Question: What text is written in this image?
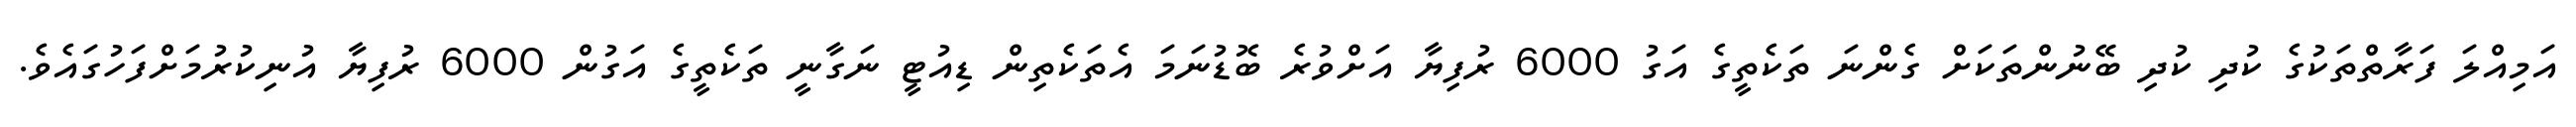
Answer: އަމިއްލަ ފަރާތްތަކުގެ ކުދި ކުދި ބޭނުންތަކަށް ގެންނަ ތަކެތީގެ އަގު 6000 ރުފިޔާ އަށްވުރެ ބޮޑުނަމަ އެތަކެތިން ޑިއުޓީ ނަގާނީ ތަކެތީގެ އަގުން 6000 ރުފިޔާ އުނިކުރުމަށްފަހުގައެވެ.